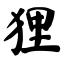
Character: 狸